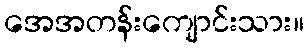
အေအတန်းကျောင်းသား။